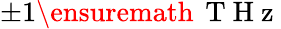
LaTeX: \pm 1\ensuremath{\, \mathrm{~T~H~z~}}